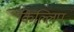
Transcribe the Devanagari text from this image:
किल्लिप